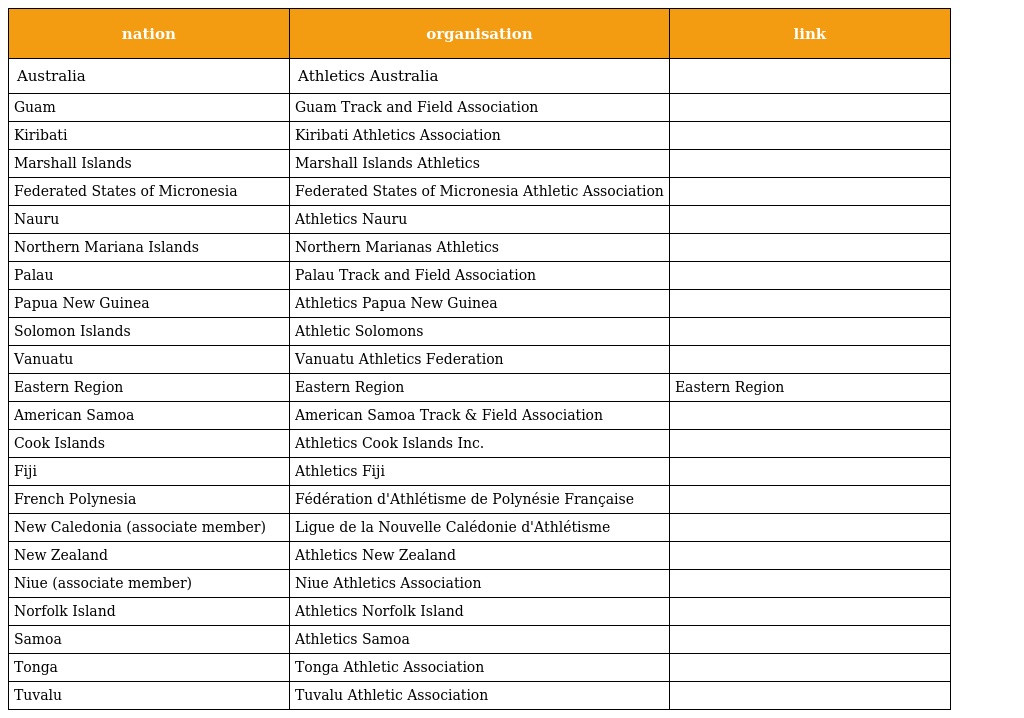
| nation | organisation | link |
 | --- | --- | --- |
 | Australia | Athletics Australia |  |
 | Guam | Guam Track and Field Association |  |
 | Kiribati | Kiribati Athletics Association |  |
 | Marshall Islands | Marshall Islands Athletics |  |
 | Federated States of Micronesia | Federated States of Micronesia Athletic Association |  |
 | Nauru | Athletics Nauru |  |
 | Northern Mariana Islands | Northern Marianas Athletics |  |
 | Palau | Palau Track and Field Association |  |
 | Papua New Guinea | Athletics Papua New Guinea |  |
 | Solomon Islands | Athletic Solomons |  |
 | Vanuatu | Vanuatu Athletics Federation |  |
 | Eastern Region | Eastern Region | Eastern Region |
 | American Samoa | American Samoa Track & Field Association |  |
 | Cook Islands | Athletics Cook Islands Inc. |  |
 | Fiji | Athletics Fiji |  |
 | French Polynesia | Fédération d'Athlétisme de Polynésie Française |  |
 | New Caledonia (associate member) | Ligue de la Nouvelle Calédonie d'Athlétisme |  |
 | New Zealand | Athletics New Zealand |  |
 | Niue (associate member) | Niue Athletics Association |  |
 | Norfolk Island | Athletics Norfolk Island |  |
 | Samoa | Athletics Samoa |  |
 | Tonga | Tonga Athletic Association |  |
 | Tuvalu | Tuvalu Athletic Association |  |